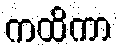
ကထိကာ